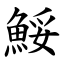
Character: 鮾